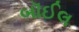
બૉઈલ